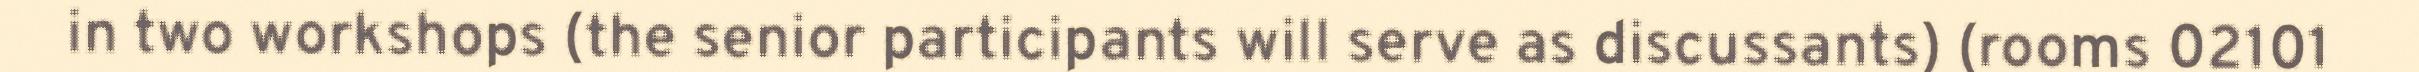
in two workshops (the senior participants will serve as discussants) (rooms 02101